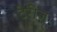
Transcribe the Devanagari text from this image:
टेरीज